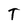
Character: T